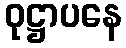
ဝုဋ္ဌာပနေ